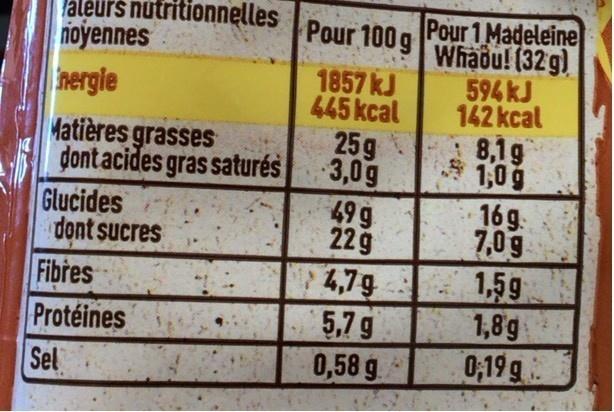
aleurs nutritionnettes Pour 100 gWhaou! (32 g) noyennes hergie
nnelles
Pour 1 Madeleine
1857 kJ 445 kcal 25g 3,0g 49g 229 4,79 5,7 g 0,58 g
594 kJ 142 kcal 8,1g 1,0g
Matières grasses dontacides gras saturés Glucides
16g. 7,0g 1,5g 1,8g 0;19 g
dont sucres
Fibres Protéines Sel